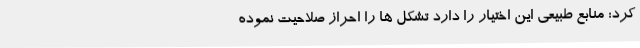
کرد: منابع طبیعی این اختیار را دارد تشکل ها را احراز صلاحیت نموده